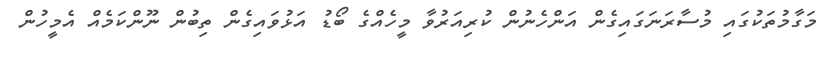
މަގާމުތަކުގައި މުސާރަނަގައިގެން އަންހެނުން ކުރިއަރުވާ މީހެއްގެ ބޯޑު އަޅުވައިގެން ތިބުން ނޫންކަމެއް އެމީހުން